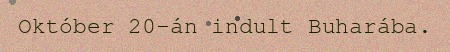
Október 20-án indult Buharába.